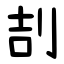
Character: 㓤